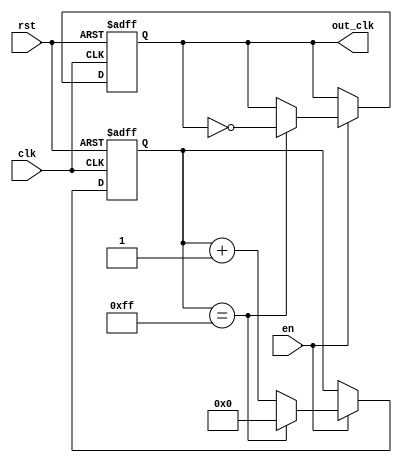
module fractional_clock_divider (
    input wire clk,
    input wire rst,
    input wire en,
    output reg out_clk
);

reg [7:0] count = 8'b0;

always @(posedge clk or posedge rst) begin
    if (rst) begin
        count <= 8'b0;
        out_clk <= 1'b0;
    end else if (en) begin
        count <= count + 1;
        if (count == 8'hFF) begin
            out_clk <= ~out_clk;
            count <= 8'b0;
        end
    end
end

endmodule